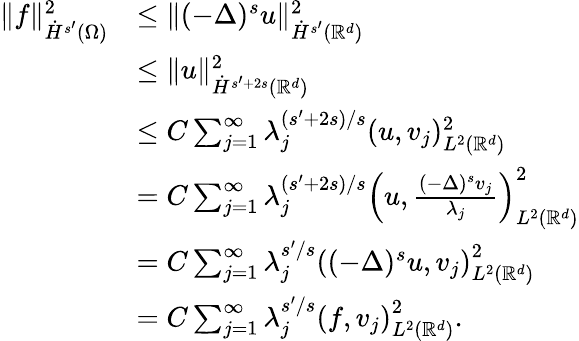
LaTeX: \begin{array}{rl}{\| f\| _{\dot{H}^{s^{\prime}}(\Omega)}^{2}}&{\le\| (-\Delta)^{s}u\| _{\dot{H}^{s^{\prime}}(\mathbb{R}^{d})}^{2}}\\ &{\le\| u\| _{\dot{H}^{s^{\prime}+2s}(\mathbb{R}^{d})}^{2}}\\ &{\le C\sum_{j=1}^{\infty}\lambda_{j}^{(s^{\prime}+2s)/s}(u,v_{j})_{L^{2}(\mathbb{R}^{d})}^{2}}\\ &{=C\sum_{j=1}^{\infty}\lambda_{j}^{(s^{\prime}+2s)/s}\left(u,\frac{(-\Delta)^{s}v_{j}}{\lambda_{j}}\right)_{L^{2}(\mathbb{R}^{d})}^{2}}\\ &{=C\sum_{j=1}^{\infty}\lambda_{j}^{s^{\prime}/s}\left((-\Delta)^{s}u,v_{j}\right)_{L^{2}(\mathbb{R}^{d})}^{2}}\\ &{=C\sum_{j=1}^{\infty}\lambda_{j}^{s^{\prime}/s}\left(f,v_{j}\right)_{L^{2}(\mathbb{R}^{d})}^{2}.}\end{array}